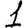
Digit: 1